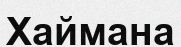
Хаймана